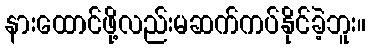
နားထောင်ဖို့လည်းမဆက်ကပ်နိုင်ခဲ့ဘူး။